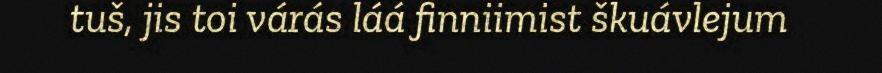
tuš, jis toi várás láá finniimist škuávlejum